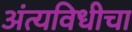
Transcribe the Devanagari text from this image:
अंत्यविधीचा